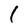
Character: 1